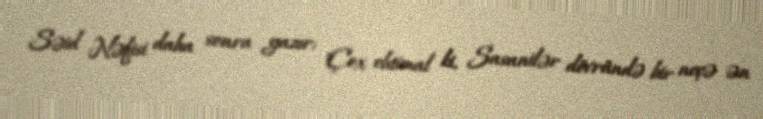
Səid Nəfisi daha sonra yazır: "Çox ehtimal ki, Sasanilər dövründə bir neçə ən